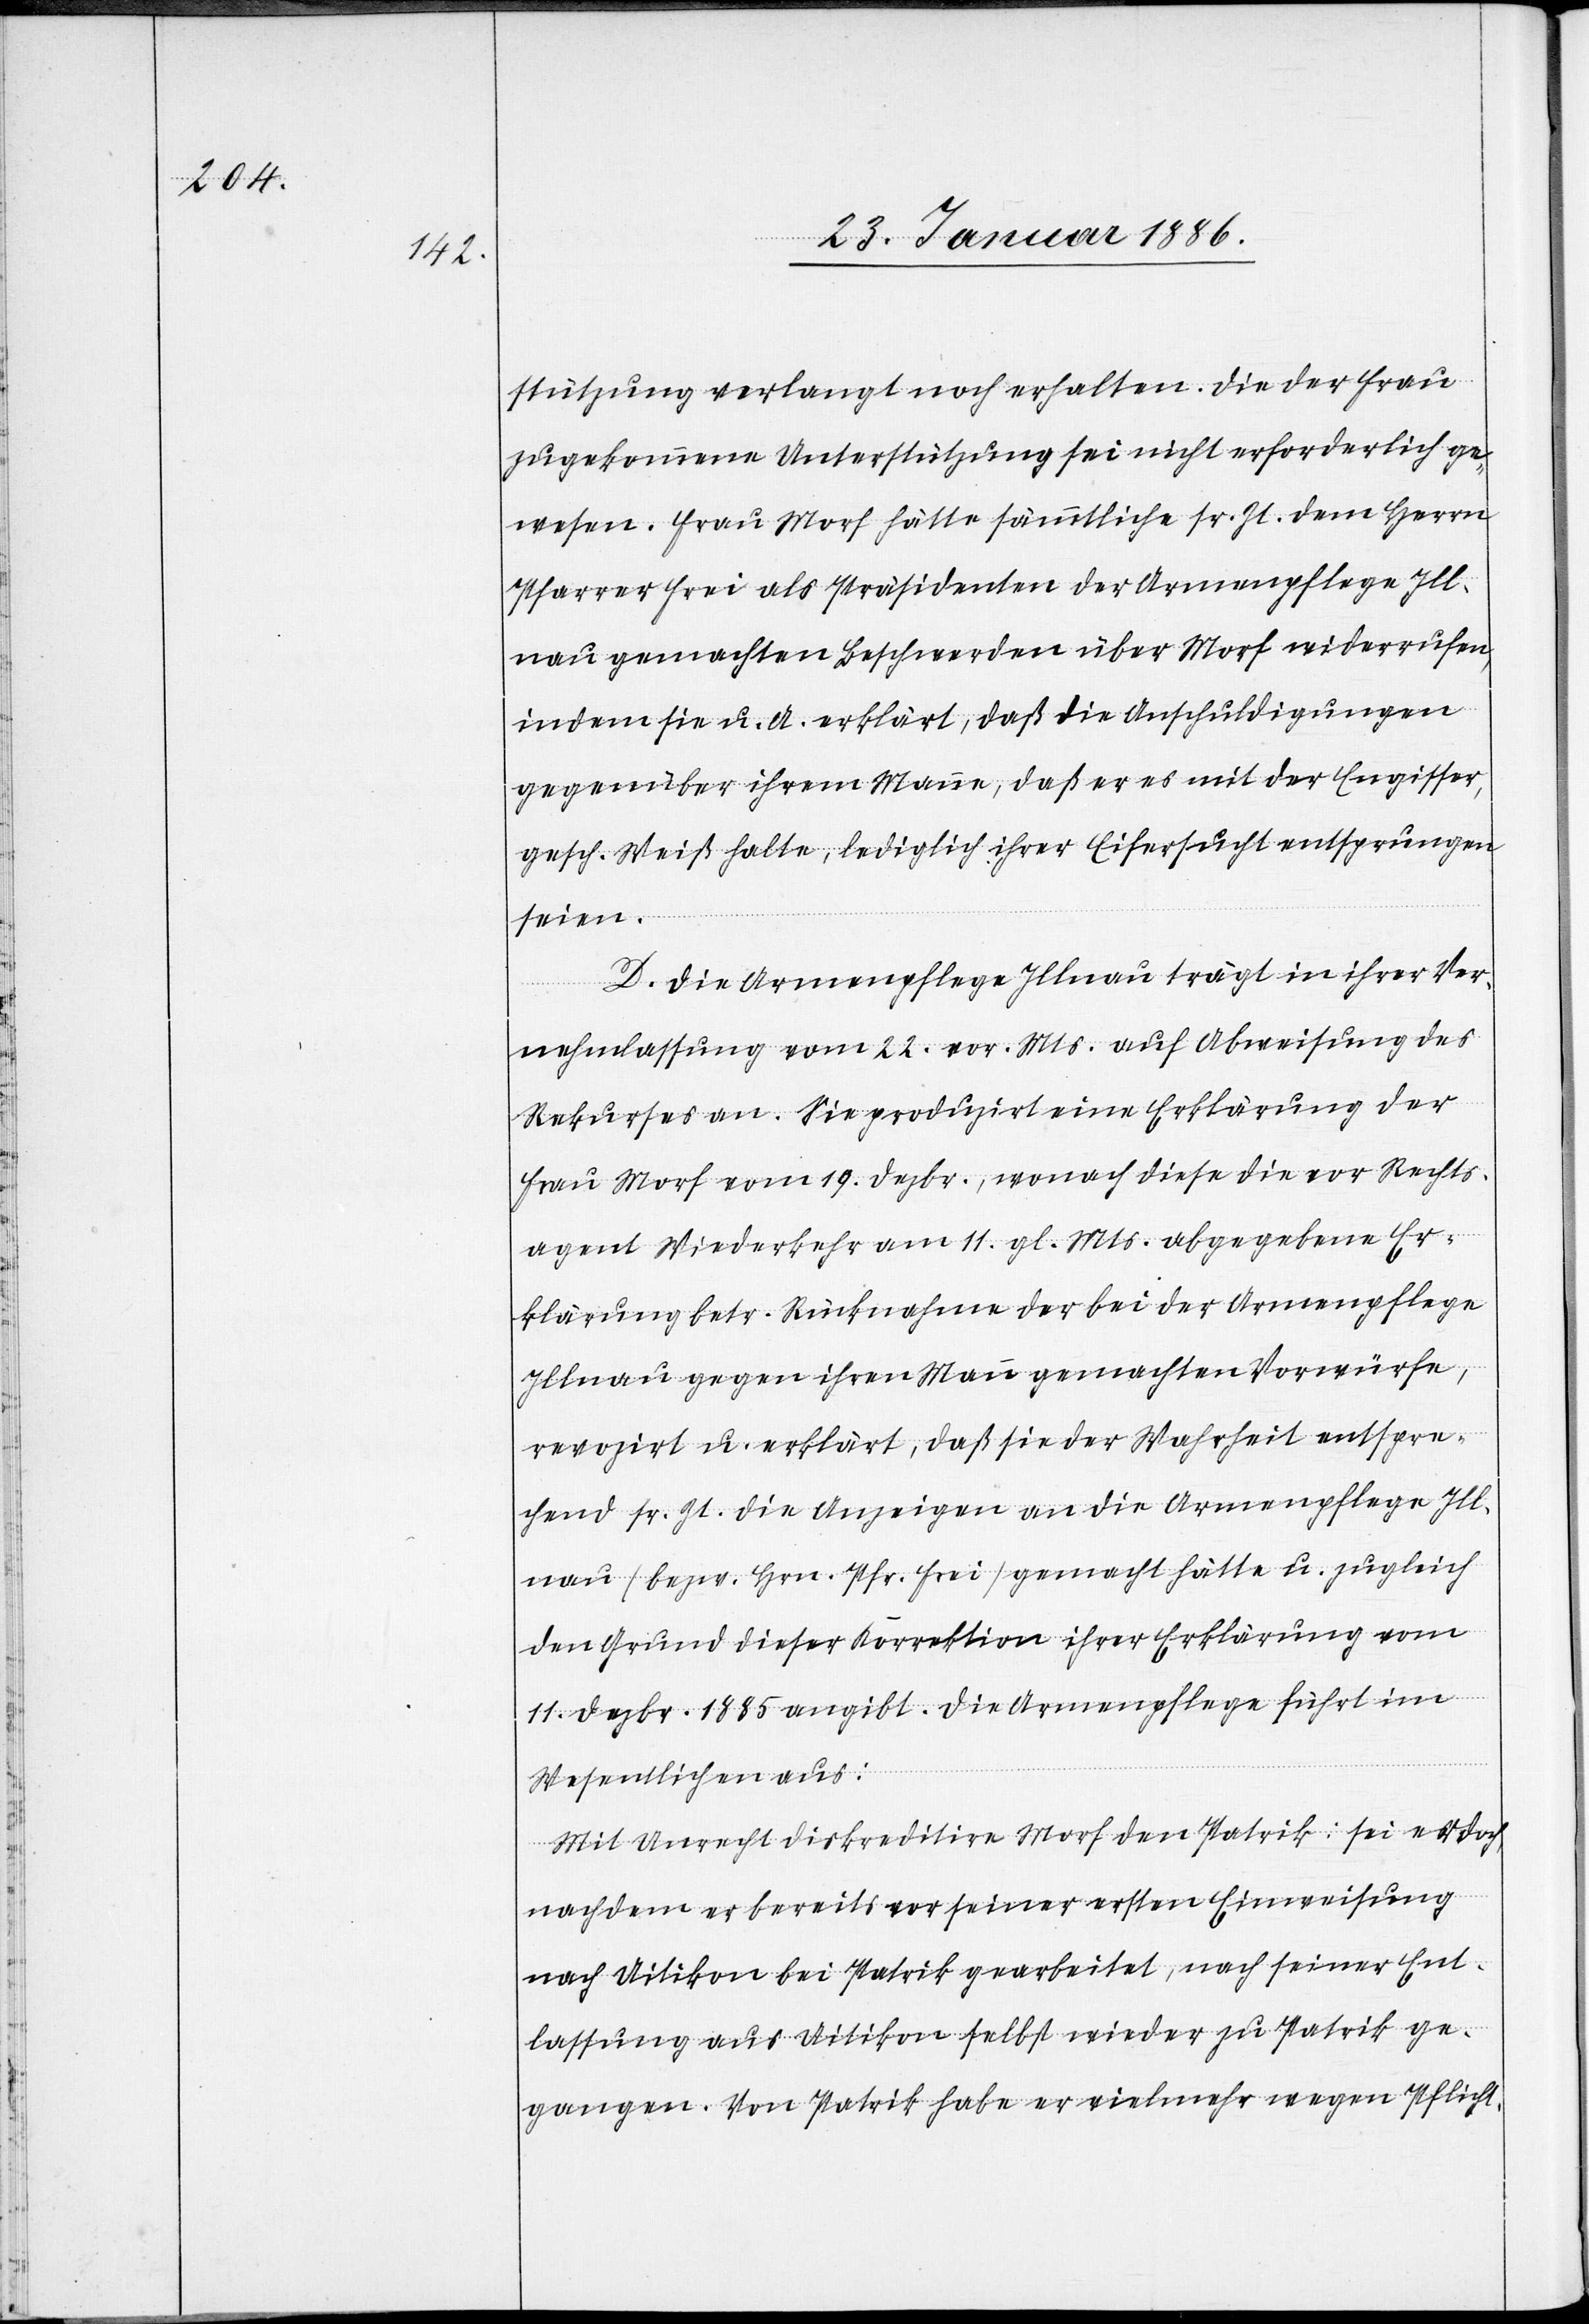
stützung verlangt noch erhalten. Die der Frau
zugekommene Unterstützung sei nicht erforderlich ge¬
wesen. Frau Morf hätte sämmtliche sr. Zt. dem Herrn
Pfarrer Frei als Präsidenten der Armenpflege Ill¬
nau gemachten Beschwerden über Morf widerrufen,
indem sie u. A. erklärt, daß die Anschuldigungen
gegenüber ihrem Manne, daß er es mit der Engisser,
gesch. Weiß halte, lediglich ihrer Eifersucht entsprungen
seien.
D. Die Armenpflege Illnau trägt in ihrer Ver¬
nehmlassung vom 2. vor. Mts. auf Abweisung des
Rekurses an. Sie produziert eine Erklärung der
Frau Morf vom 19. Dezbr., wonach diese die vor Rechts¬
agent Wiederkehr am 1. gl. Mts. abgegebene Er¬
klärung betr. Rücknahme der bei der Armenpflege
Illnau gegen ihren Mann gemachten Vorwürfe,
revozirt u. erklärt, daß sie der Wahrheit entspre¬
chend sr. Zt. die Anzeige an die Armenpflege Ill¬
nau (bzw. Hrn. Pfr. Frei) gemacht hätte u. zugleich
den Grund dieser Korrektion ihrer Erklärung vom
1. Dezbr. 1885 angibt. Die Armenpflege führt im
Wesentlichen aus:
Mit Anrecht diskreditire Morf den Patrik: sei er doch
nachdem er bereits vor seiner ersten Einweisung
nach Uitikon bei Patrik gearbeitet, nach seiner Ent¬
lassung aus Uitikon selbst wieder zu Patrik ge¬
gangen. Von Patrik habe er vielmehr wegen Pflicht-